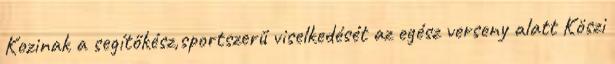
Kozinak a segítőkész,sportszerű viselkedését az egész verseny alatt Köszi